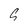
Character: S